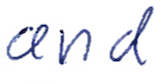
Text: and
Cross-out: clean
Writing tool: ballpoint